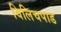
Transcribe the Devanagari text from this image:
विलिचपाड